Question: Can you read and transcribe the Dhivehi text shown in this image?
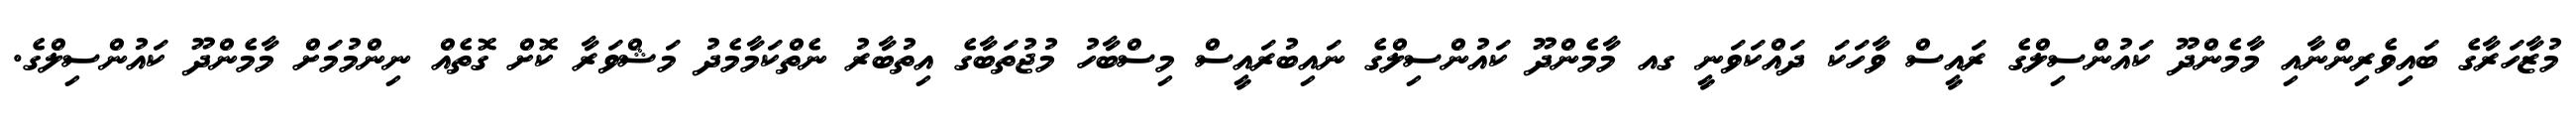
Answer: މުޒާހަރާގެ ބައިވެރިންނާއި މާމެންދޫ ކައުންސިލްގެ ރައީސް ވާހަކަ ދައްކަވަނީ ގއ މާމެންދޫ ކައުންސިލްގެ ނައިބުރައީސް މިސްބާހު މުޖުތަބާގެ އިތުބާރު ނެތްކަމާމެދު މަޝްވަރާ ކޮށް ގޮތެއް ނިންމުމަށް މާމެންދޫ ކައުންސިލްގެ.